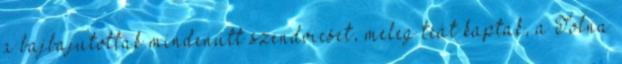
a bajbajutottak mindenütt szendvicset, meleg teát kaptak, a Tolna